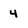
Character: 4